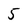
Character: 5